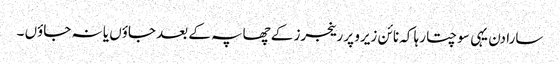
سارا دن یہی سوچتا رہا کہ نائن زیرو پر رینجرز کے چھاپہ کے بعد جاؤں یا نہ جاؤں ۔